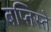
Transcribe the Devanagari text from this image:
बप्तिस्ते